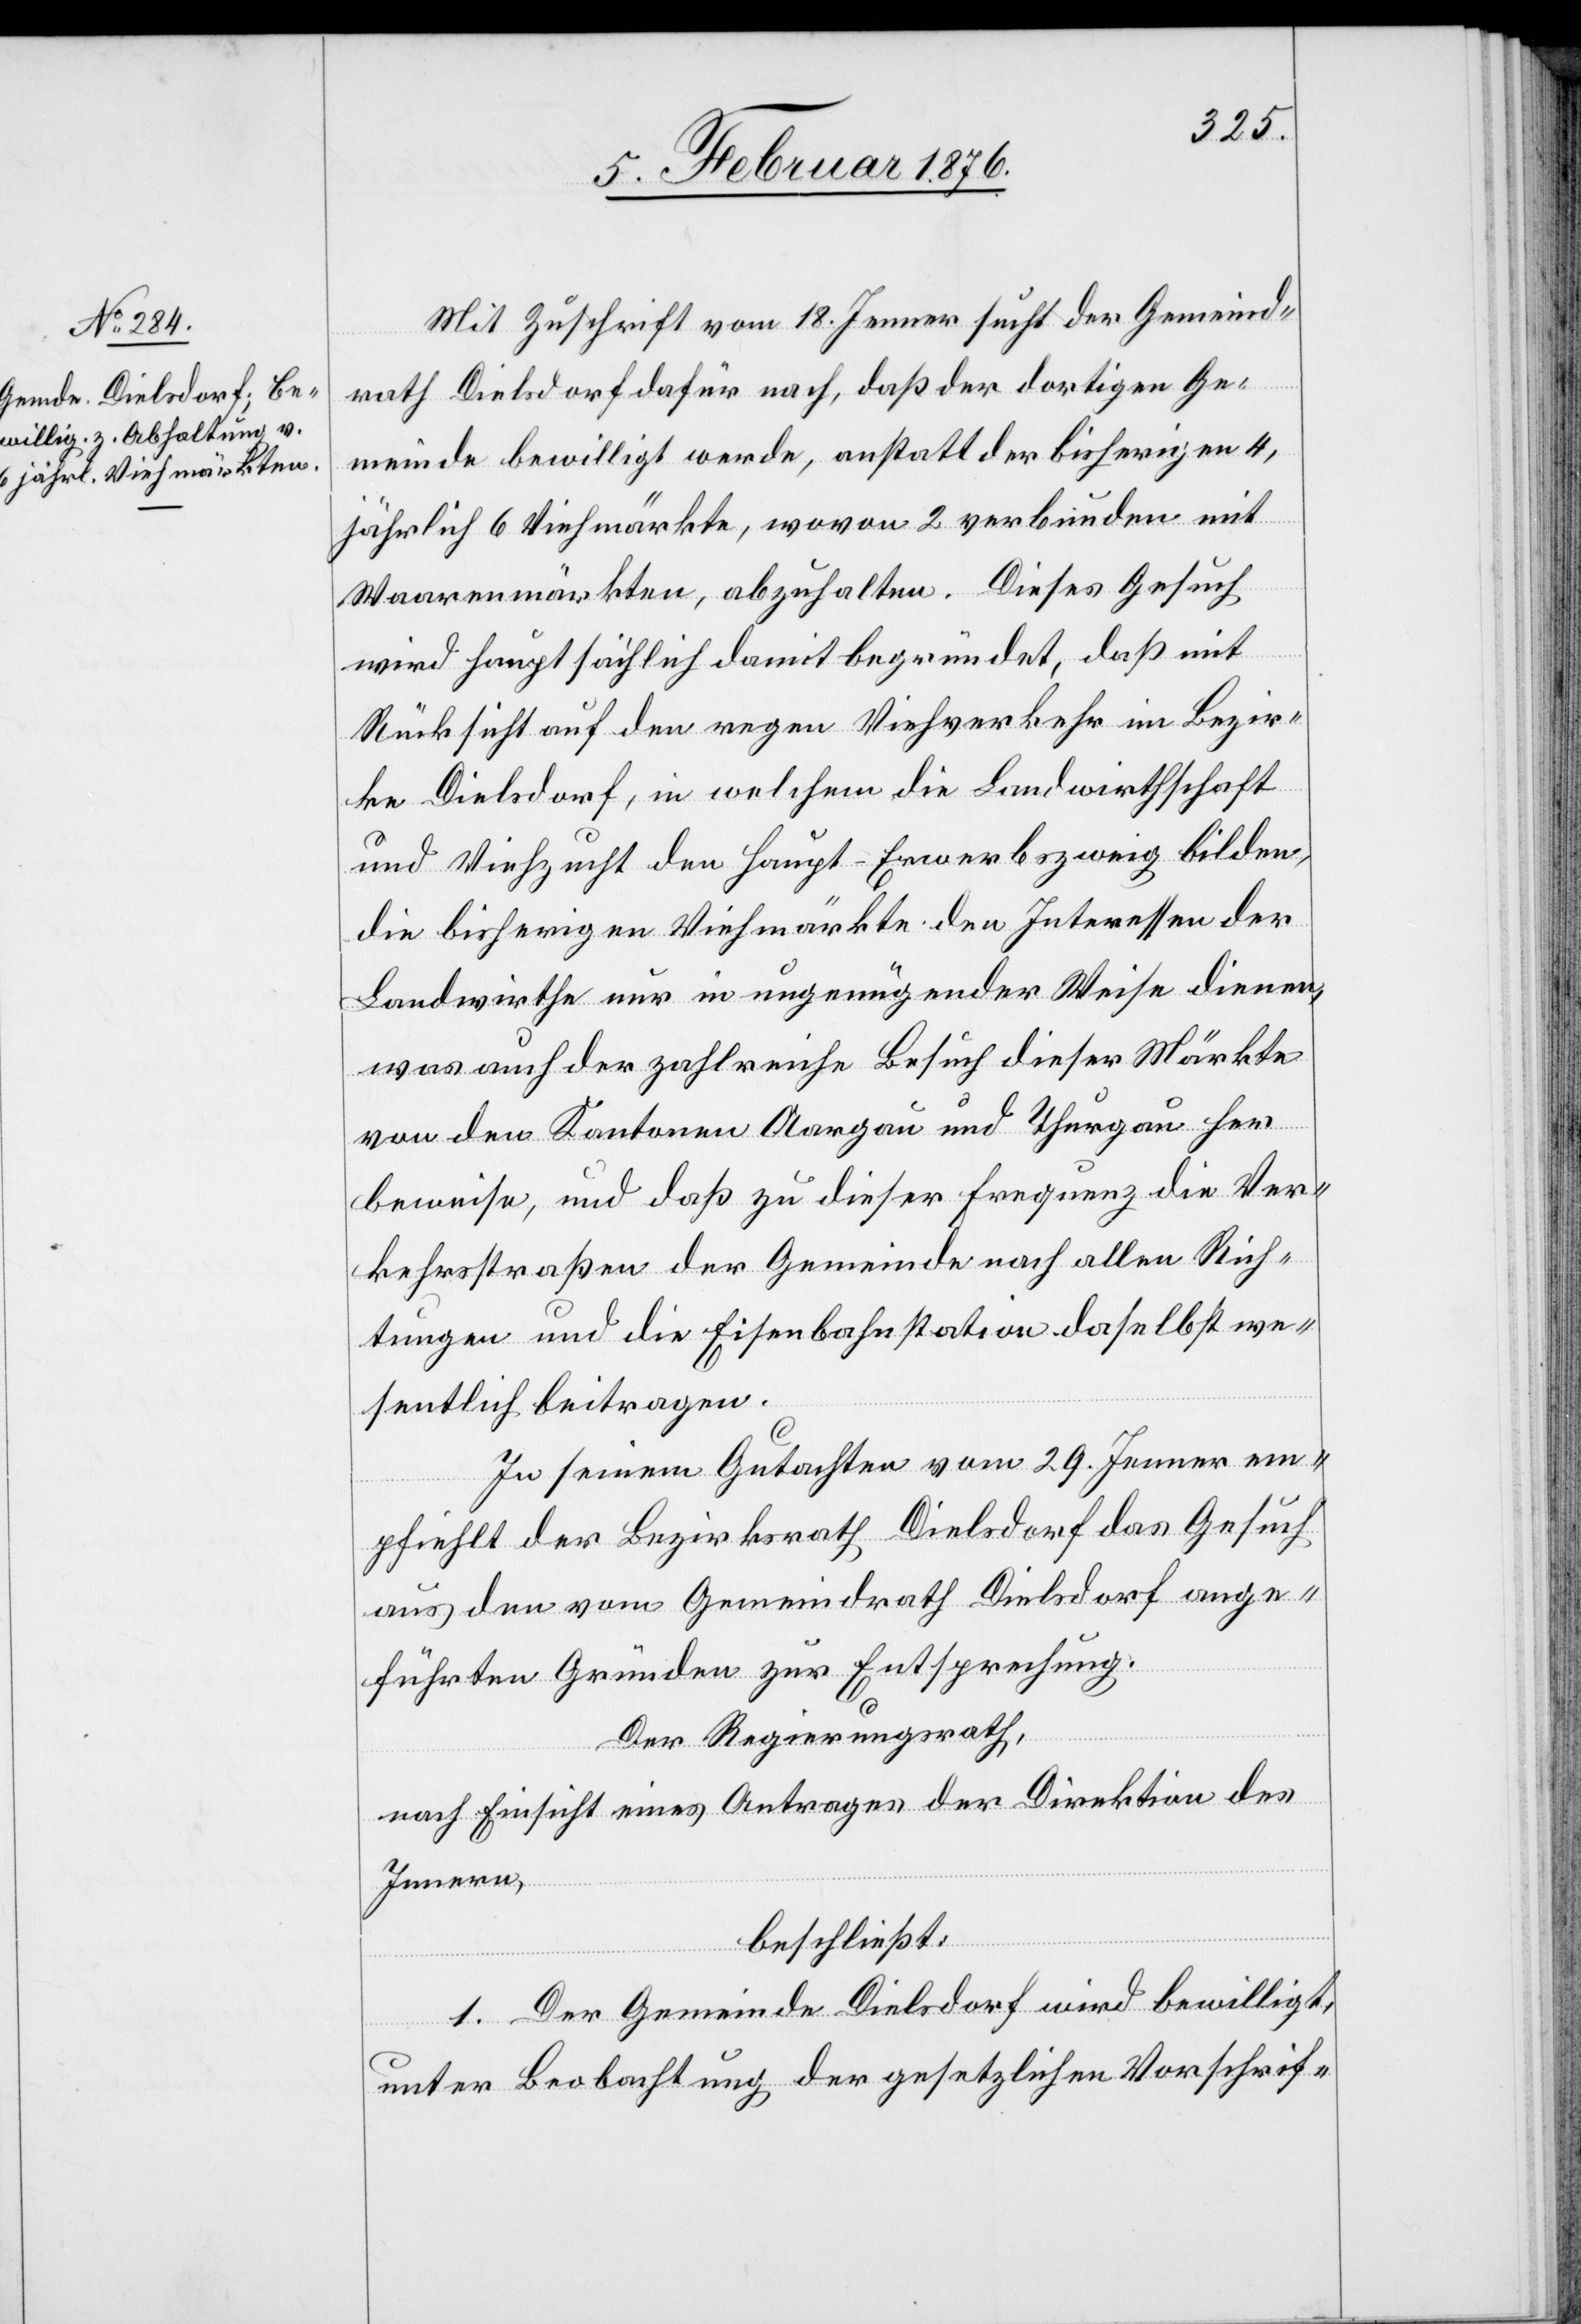
Mit Zuschrift vom 18. Jenner sucht der Gemeinde¬
rath Dielsdorf dafür nach, daß der dortigen Ge¬
meinde bewilligt werde, anstatt der bisherigen 4,
jährlich 6 Viehmärkte, wovon 2 verbunden mit
Waarenmärkten, abzuhalten. Dieses Gesuch
wird hauptsächlich damit begründet, daß mit
Rücksicht auf den regen Viehverkauf im Bezir¬
k Dielsdorf, in welchem die Landwirthschaft
und Viehzucht den Haupt-Erwerbszweig bilden,
die bisherigen Viehmärkte den Interessen der
Landwirthe nur in ungenügender Weise dienen,
worauf der zahlreiche Besuch dieser Märkte
von den Kantonen Aargau und Thurgau her
beweise, und daß zu dieser Frequenz die Ver¬
kehrsstraßen der Gemeinde nach allen Rich¬
tungen und die Eisenbahnstation daselbst we¬
sentlich beitragen.
zu seinem Gutachten vom 29. Jenner em¬
pfiehlt der Bezirksrath Dielsdorf das Gesuch
aus den vom Gemeinderath Dielsdorf ange¬
führten Gründen zur Entsprechung.
Der Regierungsrath,
nach Einsicht eines Antrages der Direktion des
Innern,
beschließt:
1. Der Gemeinde Dielsdorf wird bewilligt
unter Beobachtung der gesetzlichen Vorschrif-